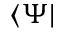
\langle \Psi |